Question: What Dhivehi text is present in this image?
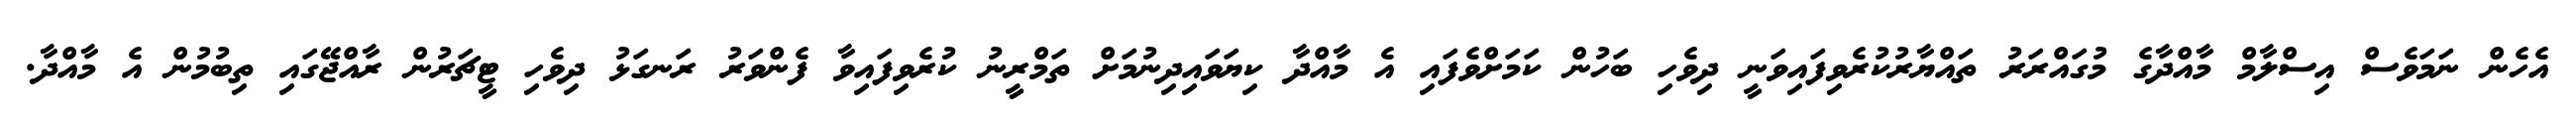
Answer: އެހެން ނަމަވެސް އިސްލާމް މާއްދާގެ މުގައްރަރު ތައްޔާރުކުރެވިފައިވަނީ ދިވެހި ބަހުން ކަމަށްވެފައި އެ މާއްދާ ކިޔަވައިދިނުމަށް ތަމްރީނު ކުރެވިފައިވާ ފެންވަރު ރަނގަޅު ދިވެހި ޓީޗަރުން ރާއްޖޭގައި ތިބުމުން އެ މާއްދާ.